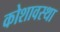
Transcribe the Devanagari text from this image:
कोशावस्था